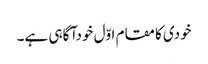
خودی کامقام اوّل خودآگاہی ہے۔